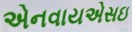
એનવાયએસઇ